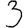
Digit: 3